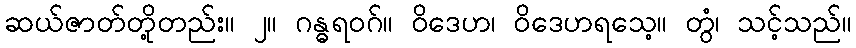
ဆယ်ဇာတ်တို့တည်း။ ၂။ ဂန္ဓရဝဂ်။ ဝိဒေဟ၊ ဝိဒေဟရသေ့။ တွံ၊ သင့်သည်။